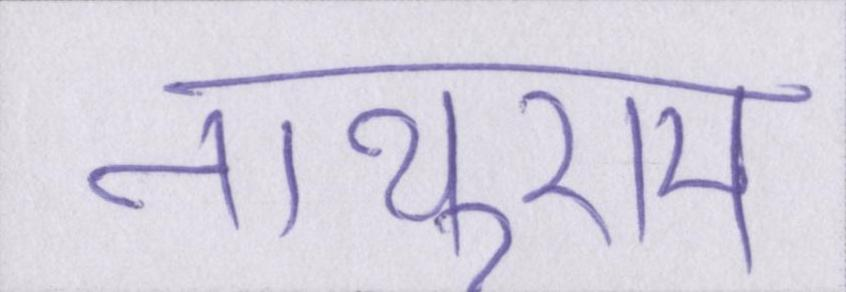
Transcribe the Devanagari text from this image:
नाथूराम